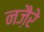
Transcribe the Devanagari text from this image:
नज़ैरे